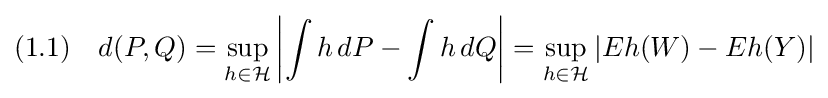
(1.1)\quad d(P,Q)=\sup _{h\in {\mathcal {H}}}\left|\int h\,dP-\int h\,dQ\right|=\sup _{h\in {\mathcal {H}}}\left|Eh(W)-Eh(Y)\right|